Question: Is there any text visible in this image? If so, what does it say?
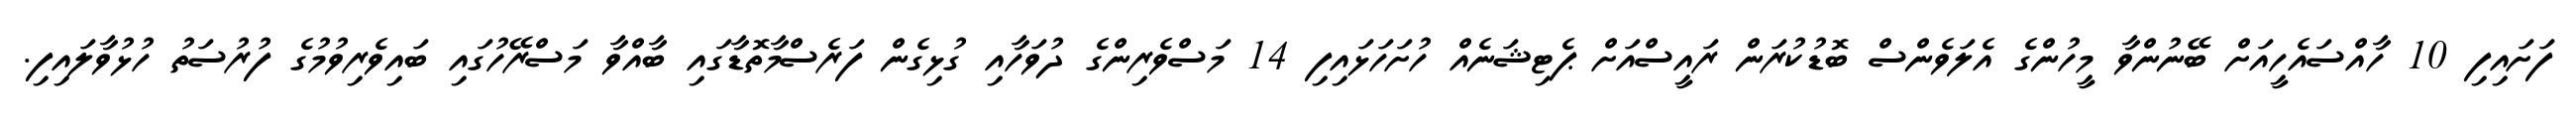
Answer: ފަށައިފި 10 ހާއްސައެހީއަށް ބޭނުންވާ މީހުންގެ އެލަވެންސް ބޮޑުކުރަން ރައީސްއަށް ޕެޓިޝަނެއް ހުށަހަޅައިފި 14 މަސްވެރިންގެ ދުވަހާއި ގުޅިގެން ފަރެސްމާތޮޑާގައި ބާއްވާ މަސްރޭހުގައި ބައިވެރިވުމުގެ ފުރުސަތު ހުޅުވާލައިފި.